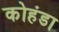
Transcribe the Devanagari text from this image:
कोहंडा